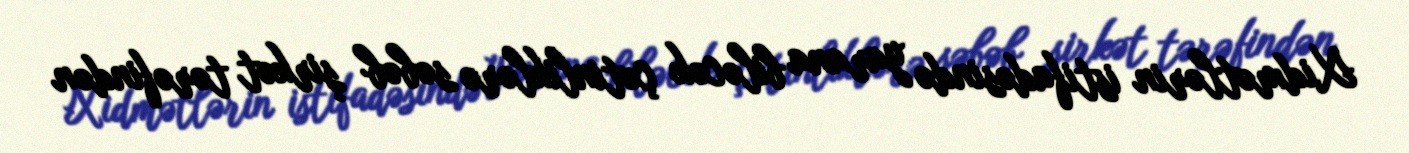
Xidmətlərin istifadəsində yarana biləcək çətinliklərə səbəb şirkət tərəfindən